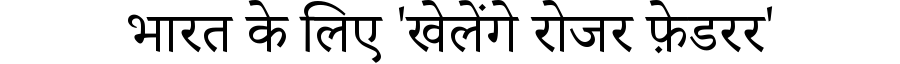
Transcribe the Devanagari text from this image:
भारत के लिए 'खेलेंगे रोजर फ़ेडरर'